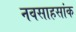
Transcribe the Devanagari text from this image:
नवसाहसांक